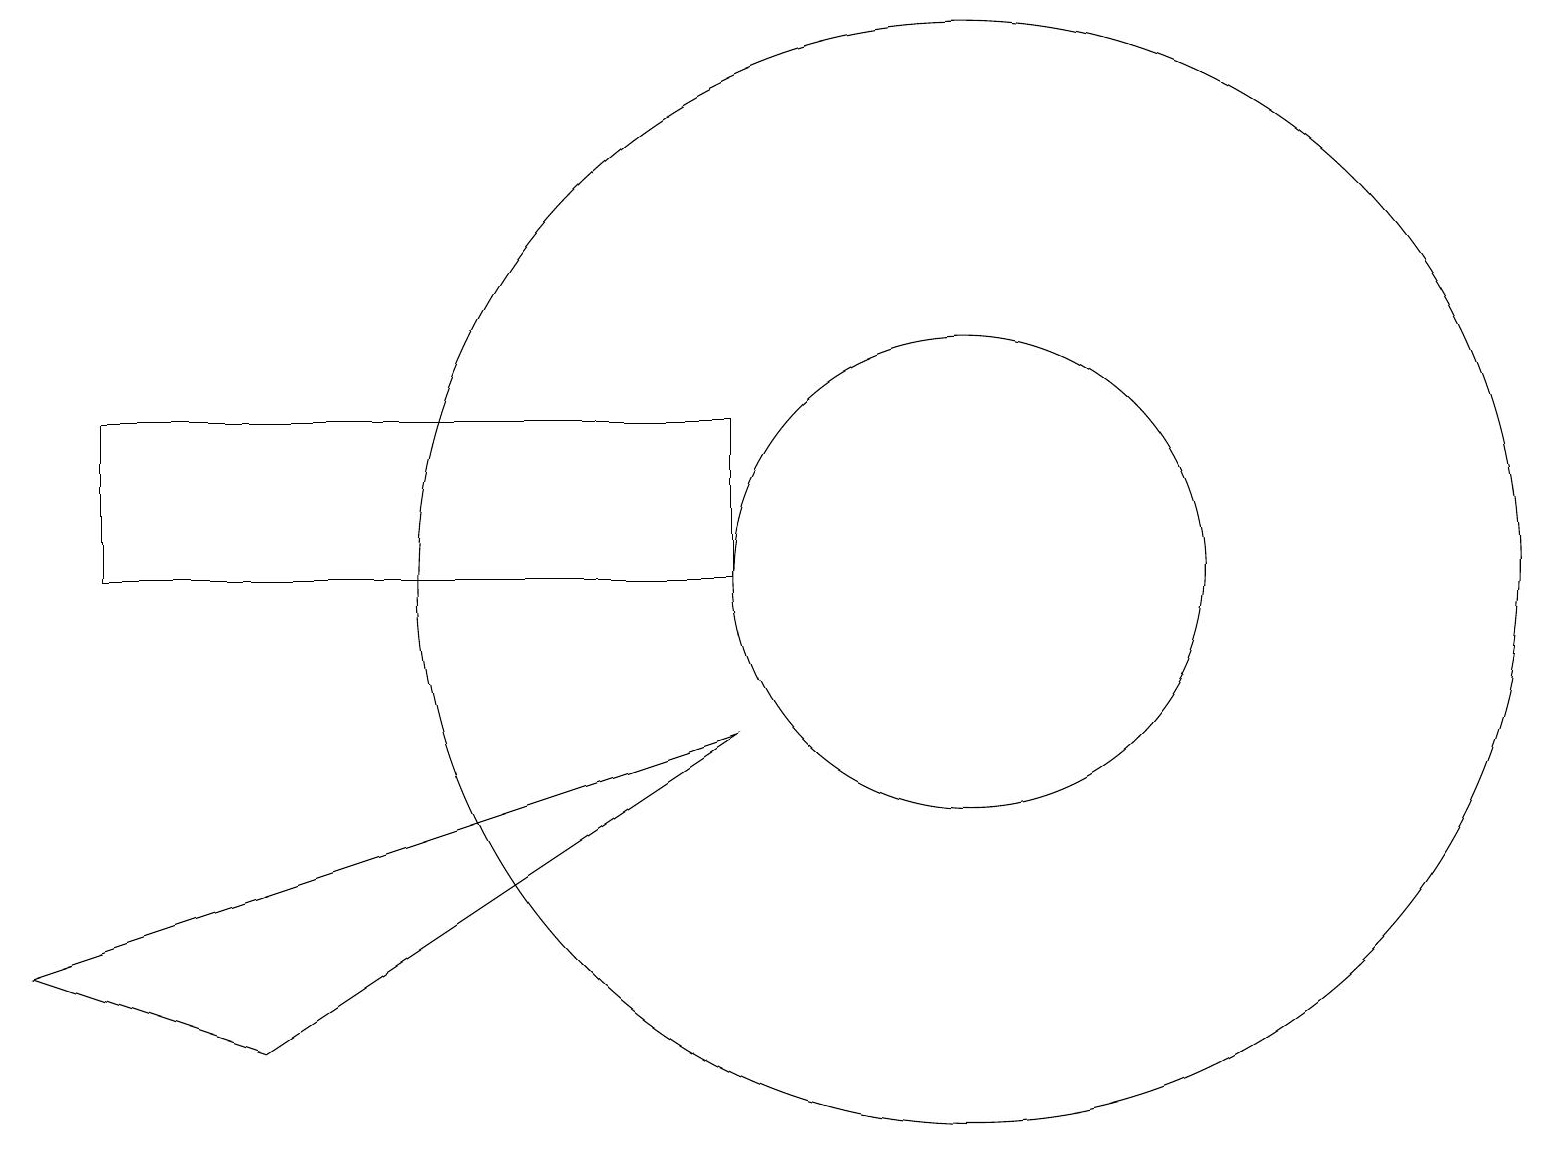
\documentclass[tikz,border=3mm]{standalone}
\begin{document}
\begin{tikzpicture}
\draw (12,11) circle (7);
\draw (12,11) circle (3);
\draw (9,9) -- (0,6) -- (3,5) -- cycle;
\draw (1,13) rectangle (9,11);
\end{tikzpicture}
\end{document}